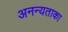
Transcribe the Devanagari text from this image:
अनन्यताका